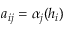
a _ { i j } = \alpha _ { j } ( h _ { i } )